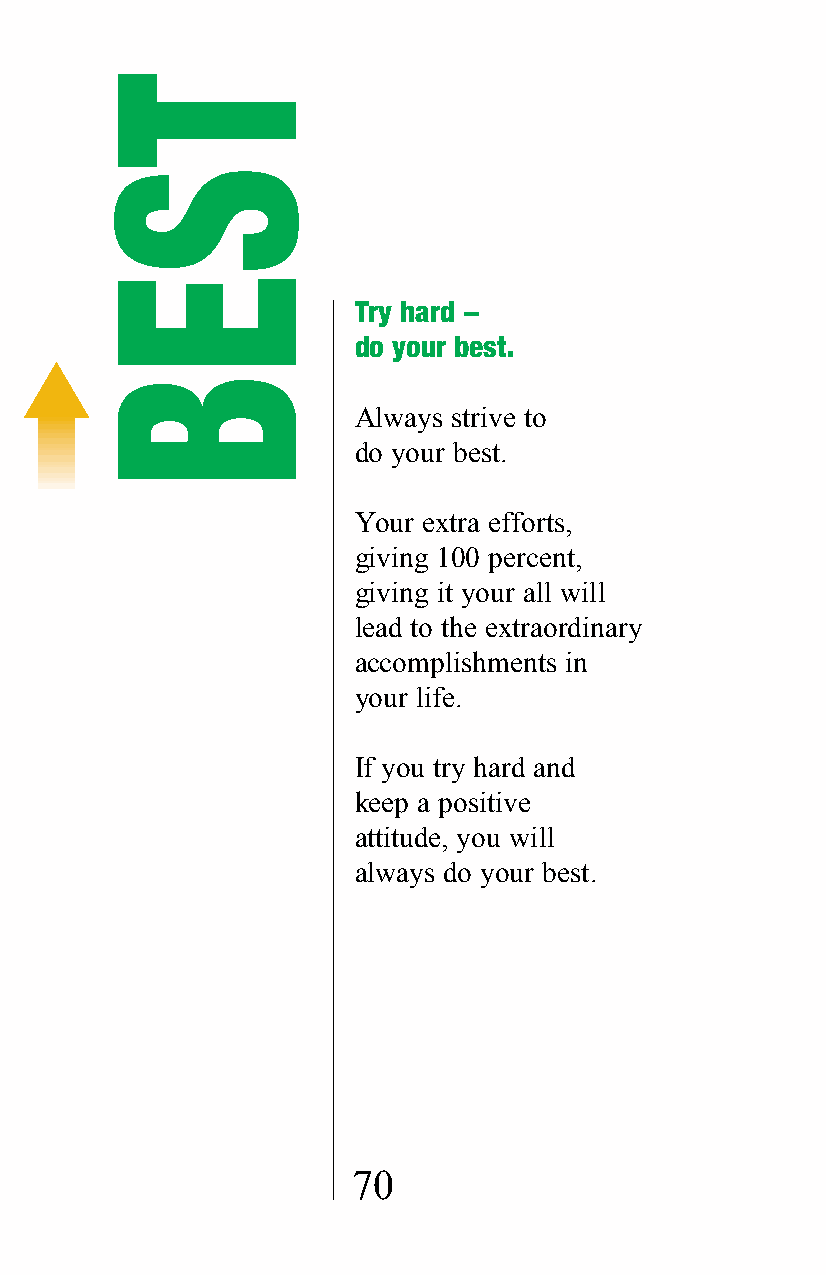
Try hard –
 do your best.
 Always strive to
 do your best.
 Your extra efforts,
 giving 100 percent,
 giving it your all will
 lead to the extraordinary
 accomplishments in
 your life.
 If you try hard and
 keep a positive
 attitude, you will
 always do your best.
 70
 TSEB